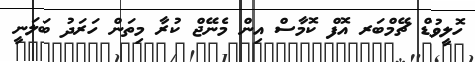
ހޮލީވުޑް ޗޭމްބަރ އޮފް ކޮމާސް އިން މެނޭޖް ކުރާ މިތަން ހަރަދު ބަލަނީ